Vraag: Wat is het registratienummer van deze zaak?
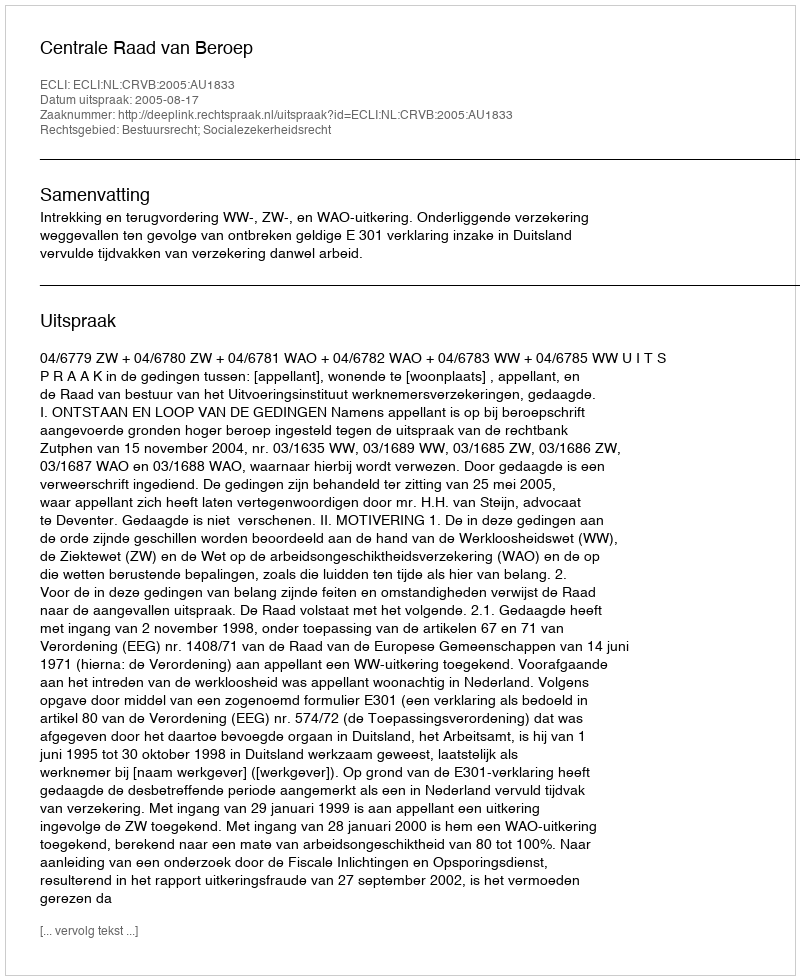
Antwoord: http://deeplink.rechtspraak.nl/uitspraak?id=ECLI:NL:CRVB:2005:AU1833